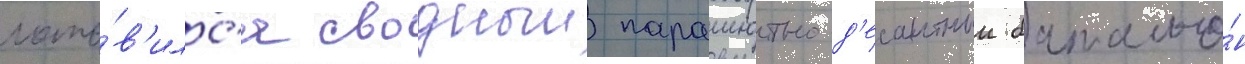
гото́в'илс'я сводныи парашютно-д'есантныи батальо́н